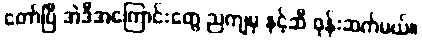
တော်ပြီ အဲဒီအကြောင်းတွေ ညကျမှ နင့်ဆီ ဖုန်းဆက်မယ်။